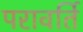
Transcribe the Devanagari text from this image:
परावर्ति